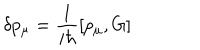
\delta p _ { \mu } = \frac { 1 } { i \hbar } \left[ p _ { \mu } , G \right]